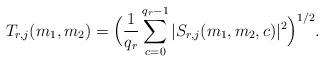
LaTeX: \begin{align*} T_{r,j}(m_1,m_2)= \Big(\frac{ 1}{q_r} \sum_{c=0}^{{q_r}-1} | S_{r,j}(m_1,m_2,c)|^2 \Big)^{1/2}.\end{align*}